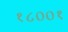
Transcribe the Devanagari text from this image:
१८००१